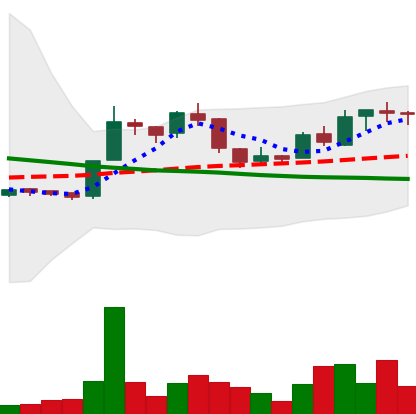
Ticker: LTC-USD
Chart end date: 2015-12-10
Forward return: 4.635%
Label: up_3_5